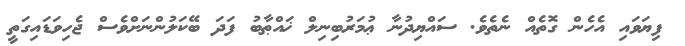
ފިޔަވައި އެހެން ގޮތެއް ނެތެވެ. ސައްޔިދުނާ ޢުމަރުބިނިލް ޚައްޠާބު ފަދަ ބޭކަލުންނަށްވެސް ޖެހިވަޑައިގަތީ